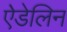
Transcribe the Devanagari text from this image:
ऐडेलिन